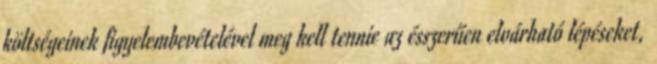
költségeinek figyelembevételével meg kell tennie az ésszerűen elvárható lépéseket,